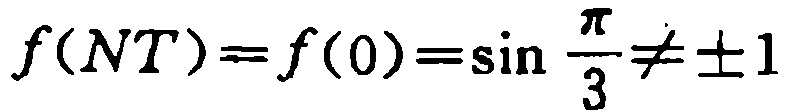
\(f(NT)=f(0)=\sin \frac{\pi}{3}\neq\pm1\)